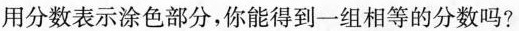
用分数表示涂色部分，你能得到一组相等的分数吗?